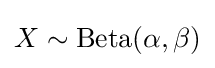
X\sim {\text{Beta}}(\alpha ,\beta )